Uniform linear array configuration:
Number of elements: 4
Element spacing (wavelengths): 1
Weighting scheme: hamming
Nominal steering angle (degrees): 15
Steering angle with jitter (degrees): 16.14
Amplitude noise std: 0.05
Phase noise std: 0.05

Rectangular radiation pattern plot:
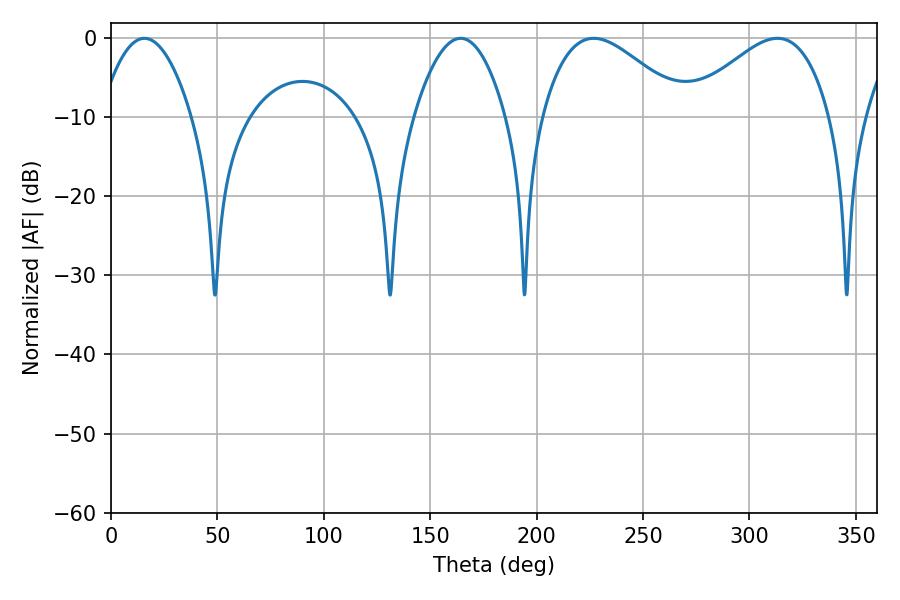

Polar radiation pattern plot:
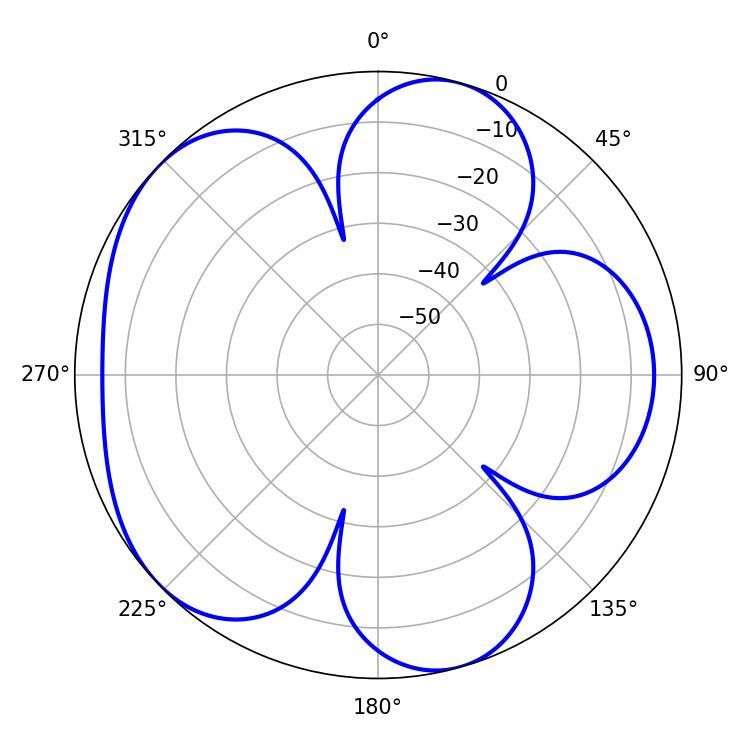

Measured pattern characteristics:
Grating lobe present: TRUE
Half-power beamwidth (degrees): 36
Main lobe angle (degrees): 226.8